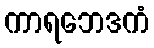
ကာရဘေဒကံ